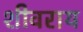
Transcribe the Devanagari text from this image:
शीवराय